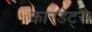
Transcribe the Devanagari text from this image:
कारडेट्स